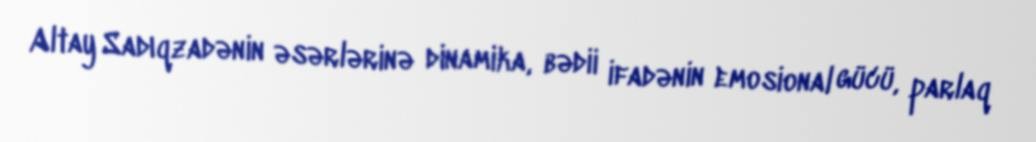
Altay Sadıqzadənin əsərlərinə dinamika, bədii ifadənin emosional gücü, parlaq